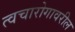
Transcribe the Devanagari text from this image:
त्वचारोगावरील